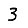
Digit: 3